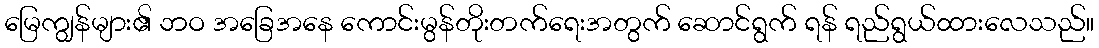
မြေကျွန်များ၏ ဘဝ အခြေအနေ ကောင်းမွန်တိုးတက်ရေးအတွက် ဆောင်ရွက် ရန် ရည်ရွယ်ထားလေသည်။